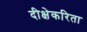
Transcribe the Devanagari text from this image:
दीक्षेकरिता